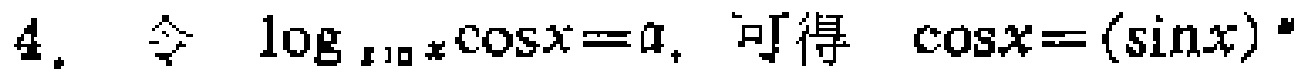
4. 令 $\log_{\sin x}\cos x = a$, 可得 $\cos x = (\sin x)^{a}$